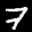
Label: 7